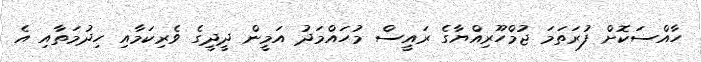
ހާއްސަކޮށް ފުރަތަމަ ޖުމްހޫރިއްޔާގެ ރައީސް މުހައްމަދު އަމީން ދީދީގެ ވެރިކަމާއި ހިދުމަތާއި އެ